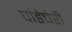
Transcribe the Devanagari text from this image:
पांडेचेरी